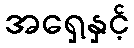
အရှေ့နှင့်